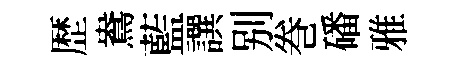
歴鴦藍譔别巻磻雅